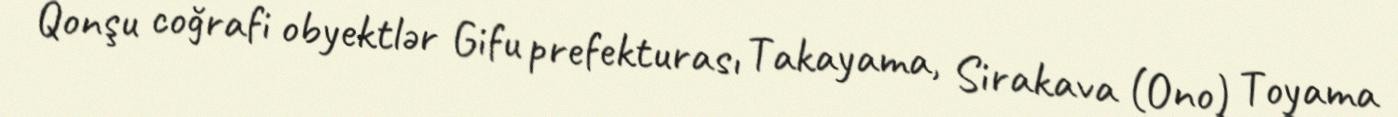
Qonşu coğrafi obyektlər Gifu prefekturası Takayama, Sirakava (Ono) Toyama